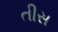
તીસ